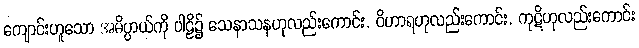
ကျောင်းဟူသော အဓိပ္ပာယ်ကို ပါဠိ၌ သေနာသနဟုလည်းကောင်း, ဝိဟာရဟုလည်းကောင်း, ကုဋိဟုလည်းကောင်း